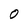
Character: 0